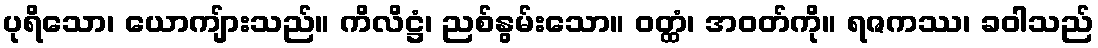
ပုရိသော၊ ယောကျ်ားသည်။ ကိလိဋ္ဌံ၊ ညစ်နွမ်းသော။ ဝတ္ထံ၊ အဝတ်ကို။ ရဇကဿ၊ ခဝါသည်